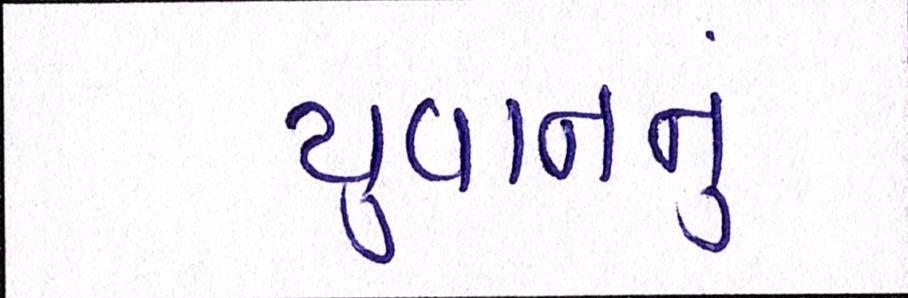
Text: યુવાનનુ